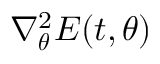
\nabla _ { { \boldsymbol { \theta } } } ^ { 2 } E ( t , { \boldsymbol { \theta } } )